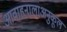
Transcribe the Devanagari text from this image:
आवाहनालाअनुकूल